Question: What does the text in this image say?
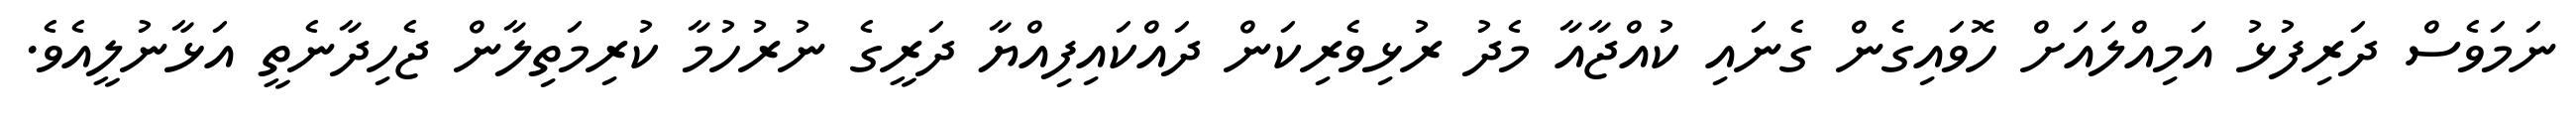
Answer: ނަމަވެސް ދަރިފުޅު އަމިއްލައަށް ހޮވައިގެން ގެނައި ކުއްޖާއާ މެދު ރުޅިވެރިކަން ދައްކައިފިއްޔާ ދަރީގެ ނުރުހުމާ ކުރިމަތިލާން ޖެހިދާނެތީ އަޅާނުލީއެވެ.